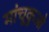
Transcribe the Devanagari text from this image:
मांचूकुओ